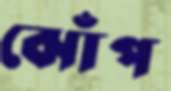
ঝোঁপ